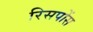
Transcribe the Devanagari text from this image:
रिसपोंस